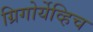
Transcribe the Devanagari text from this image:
ग्रिगोर्येव्हिच